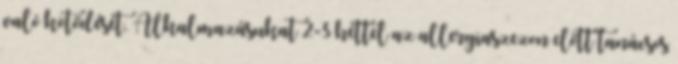
való kötődését. Alkalmazásukat 2-3 héttel az allergiaszezon előtt tanácsos